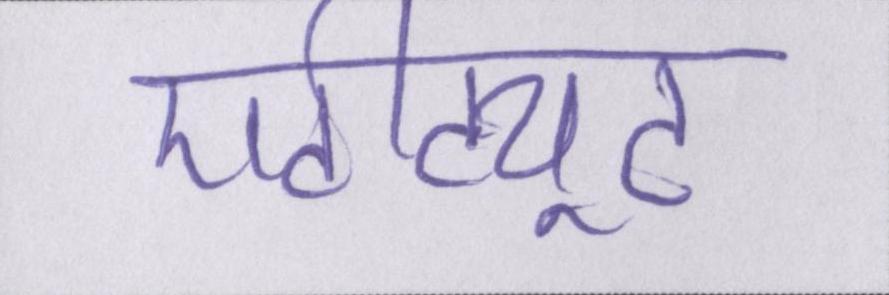
एटीट्यूट